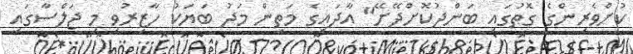
ކުށްވެރިންގެ ގޮތުގައި ބަންދުކޮށްދޭށޭ" އާދައިގެ މަތިން މަދު ބަޔަކު ހާޒިރުވި މި ޖަލްސާގައި